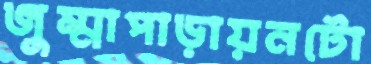
জুম্মাপাড়ায়নটো